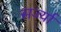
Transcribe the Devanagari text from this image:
सर्ज्या